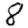
Digit: 8